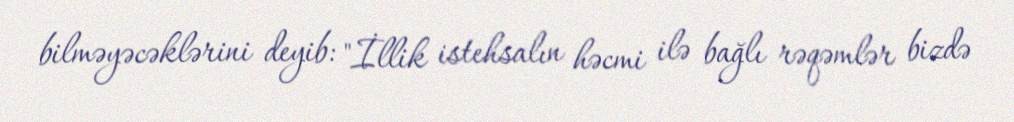
bilməyəcəklərini deyib: "İllik istehsalın həcmi ilə bağlı rəqəmlər bizdə